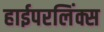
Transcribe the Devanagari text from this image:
हाईपरलिंक्स